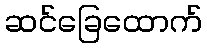
ဆင်ခြေထောက်